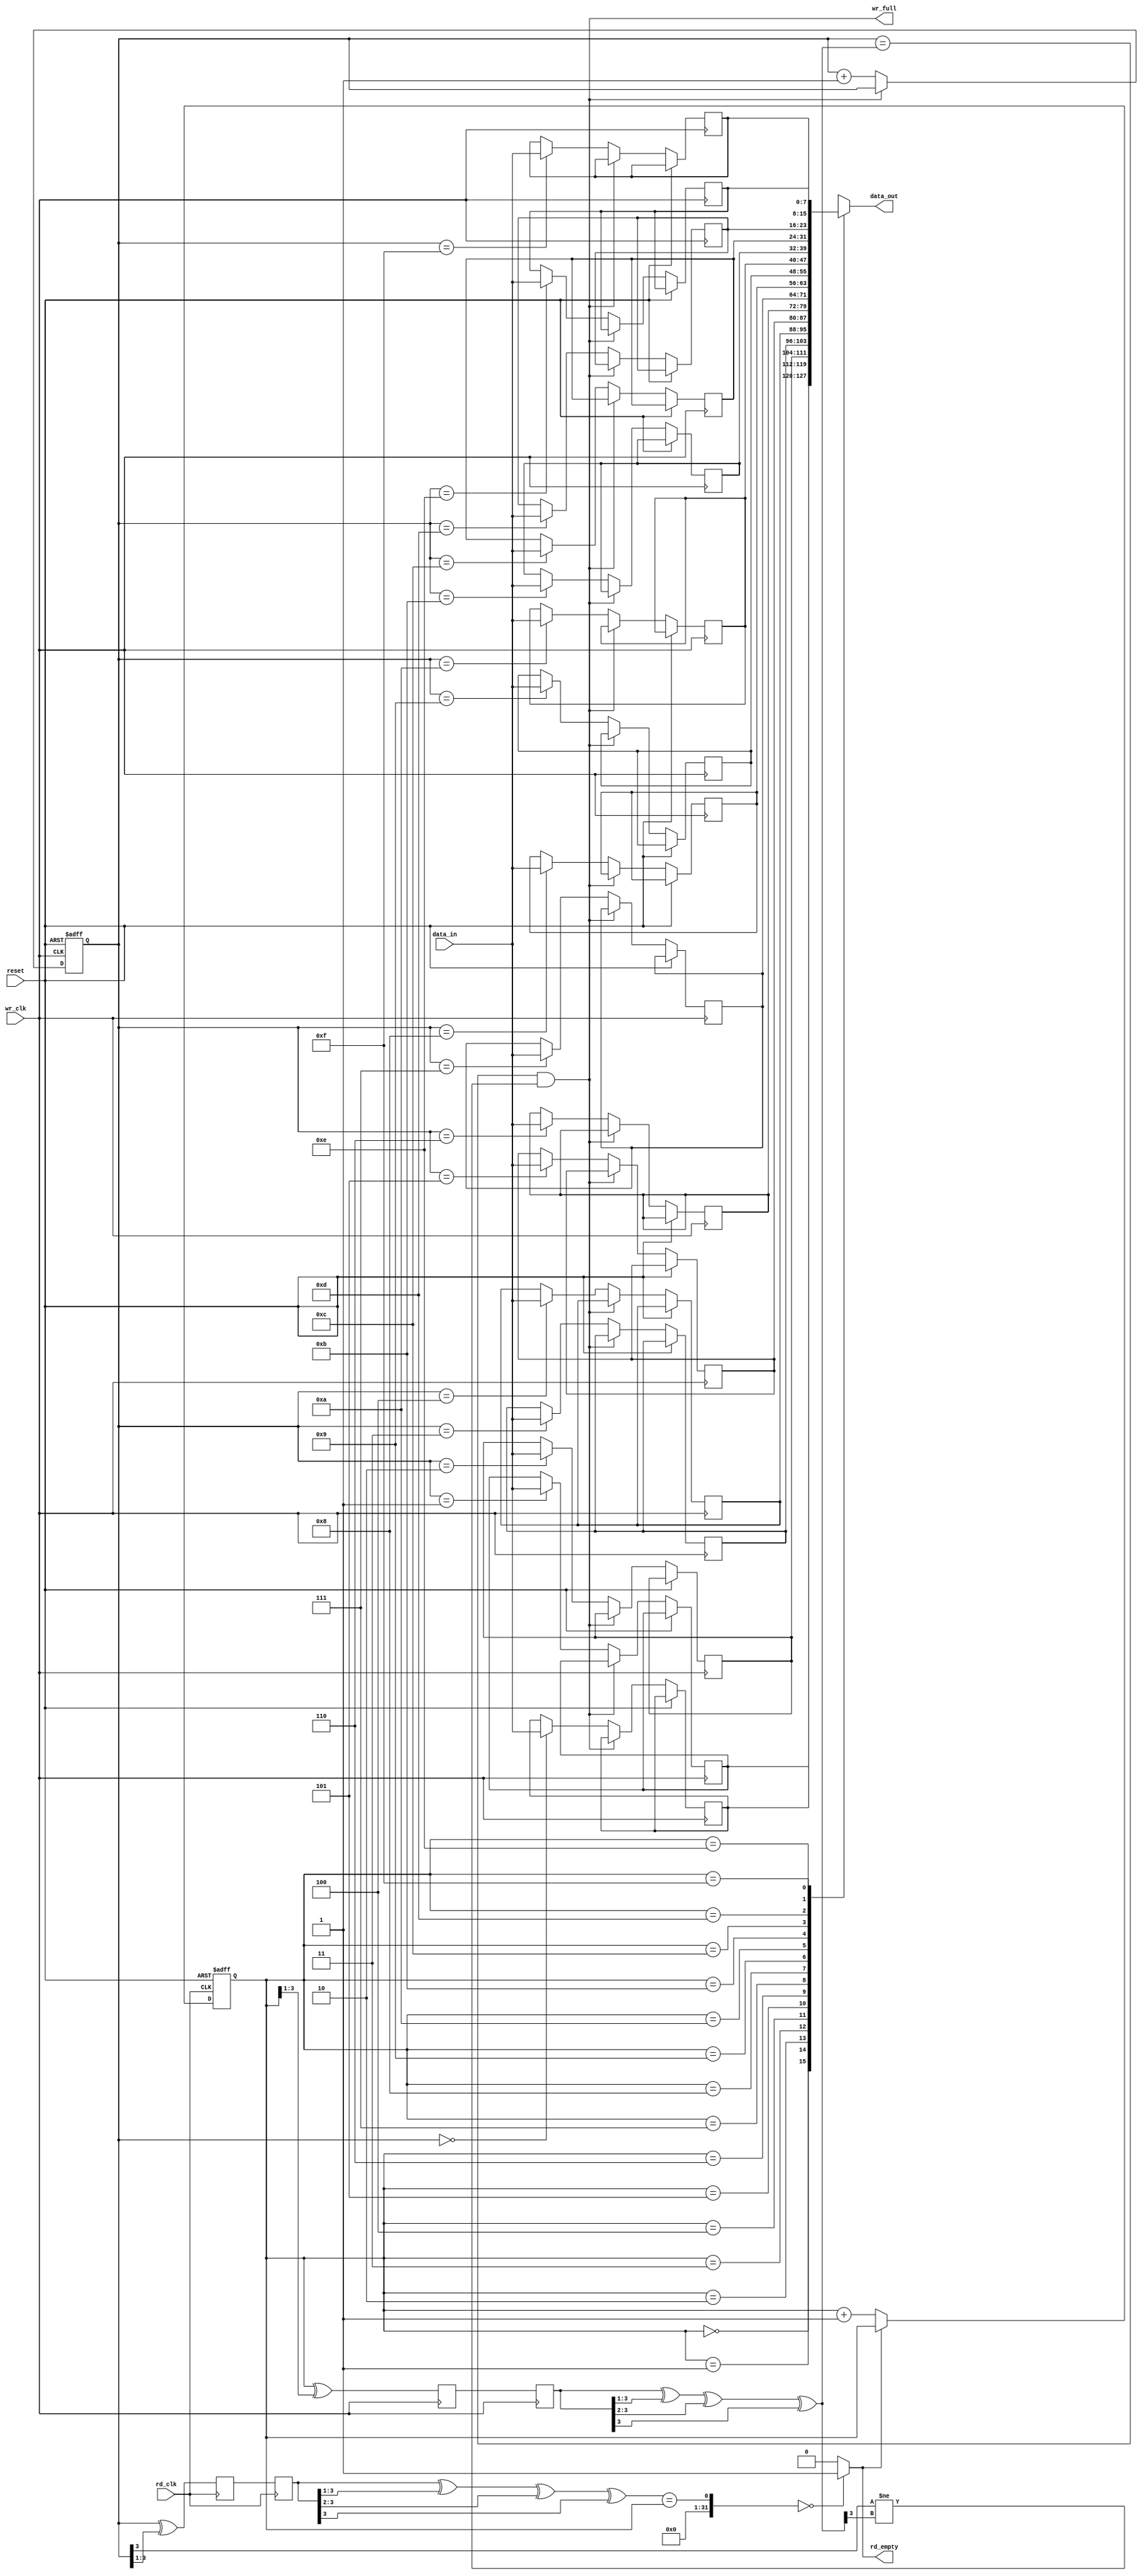
module asy_fifo (data_out, wr_full, rd_empty, 
				data_in, rd_clk, wr_clk, reset);

parameter WIDTH = 8;
parameter POINTER = 4;
output [WIDTH-1 : 0] data_out;
output wr_full;
output rd_empty;
input [WIDTH-1 : 0] data_in;
input rd_clk, wr_clk;
input reset;

reg [POINTER-1 : 0] rd_pointer, rd_pointer_g, rd_sync_1, rd_sync_2;
reg [POINTER-1 : 0] wr_pointer, wr_pointer_g, wr_sync_1, wr_sync_2;

parameter DEPTH = 1 << POINTER;

reg [WIDTH-1 : 0] mem [DEPTH-1 : 0];

wire [POINTER-1 : 0] rd_pointer_sync;
wire [POINTER-1 : 0] wr_pointer_sync;

//--write logic--//
always @(posedge wr_clk or posedge reset) begin
	if (reset) begin
		// reset
		wr_pointer <= 0;
	end
	else if (wr_full == 1'b0) begin
		wr_pointer <= wr_pointer + 1;
		mem[wr_pointer[POINTER-1 : 0]] <= data_in;
	end
end
//--read pointer synchronizer controled by write clock--//
always @(posedge wr_clk) begin
	rd_sync_1 <= rd_pointer_g;
	rd_sync_2 <= rd_sync_1;
end
//--read logic--//
always @(posedge rd_clk or posedge reset) begin
	if (reset) begin
		// reset
		rd_pointer <= 0;
	end
	else if (rd_empty == 1'b0) begin
		rd_pointer <= rd_pointer + 1;
	end
end
//--write pointer synchronizer controled by read clock--//
always @(posedge rd_clk) begin
	wr_sync_1 <= wr_pointer_g;
	wr_sync_2 <= wr_sync_1;
end

//--Combinational logic--//
//--Binary pointer--//
assign wr_full  = ((wr_pointer[POINTER-1 : 0] == rd_pointer_sync[POINTER-1 : 0]) && 
				(wr_pointer[POINTER-1] != rd_pointer_sync[POINTER-1] ));
//-- Gray pointer--//
//assign wr_full  = ((wr_pointer[POINTER-2 : 0] == rd_pointer_sync[POINTER-2 : 0]) && 
//				(wr_pointer[POINTER-1] != rd_pointer_sync[POINTER-1]) &&
//				(wr_pointer[POINTER] != rd_pointer_sync[POINTER]));
assign rd_empty = ((wr_pointer_sync == rd_pointer) == 0) ? 1'b1 : 1'b0;

assign data_out = mem[rd_pointer[POINTER-1 : 0]];

//--binary code to gray code--//
assign wr_pointer_g = wr_pointer ^ (wr_pointer >> 1);
assign rd_pointer_g = rd_pointer ^ (rd_pointer >> 1);
//--gray code to binary code--//
assign wr_pointer_sync = wr_sync_2 ^ (wr_sync_2 >> 1) ^ 
						(wr_sync_2 >> 2) ^ (wr_sync_2 >> 3);
assign rd_pointer_sync = rd_sync_2 ^ (rd_sync_2 >> 1) ^ 
						(rd_sync_2 >> 2) ^ (rd_sync_2 >> 3);

endmodule